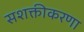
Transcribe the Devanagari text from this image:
सशक्तीकरणा